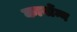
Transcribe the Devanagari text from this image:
कार्बोन्न